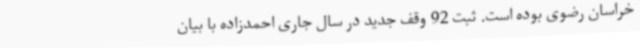
خراسان رضوی بوده است. ثبت 92 وقف جدید در سال جاری احمدزاده با بیان